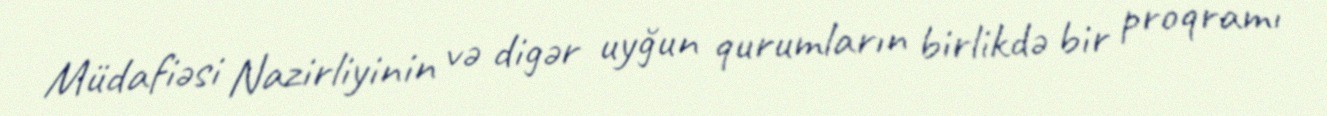
Müdafiəsi Nazirliyinin və digər uyğun qurumların birlikdə bir proqramı